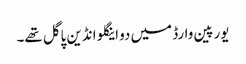
یورپین وارڈ میں دو اینگلو انڈین پاگل تھے۔